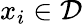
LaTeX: x_{i}\in\mathcal{D}